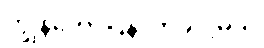
ကျွန်တော်ပြန်လာခဲ့ပါ့မယ်